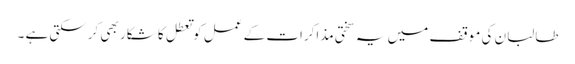
طالبان کی موقف میں یہ سختی مذاکرات کے عمل کو تعطل کا شکار بھی کرسکتی ہے ۔